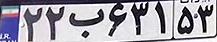
۲۲ب۶۳۱۵۳